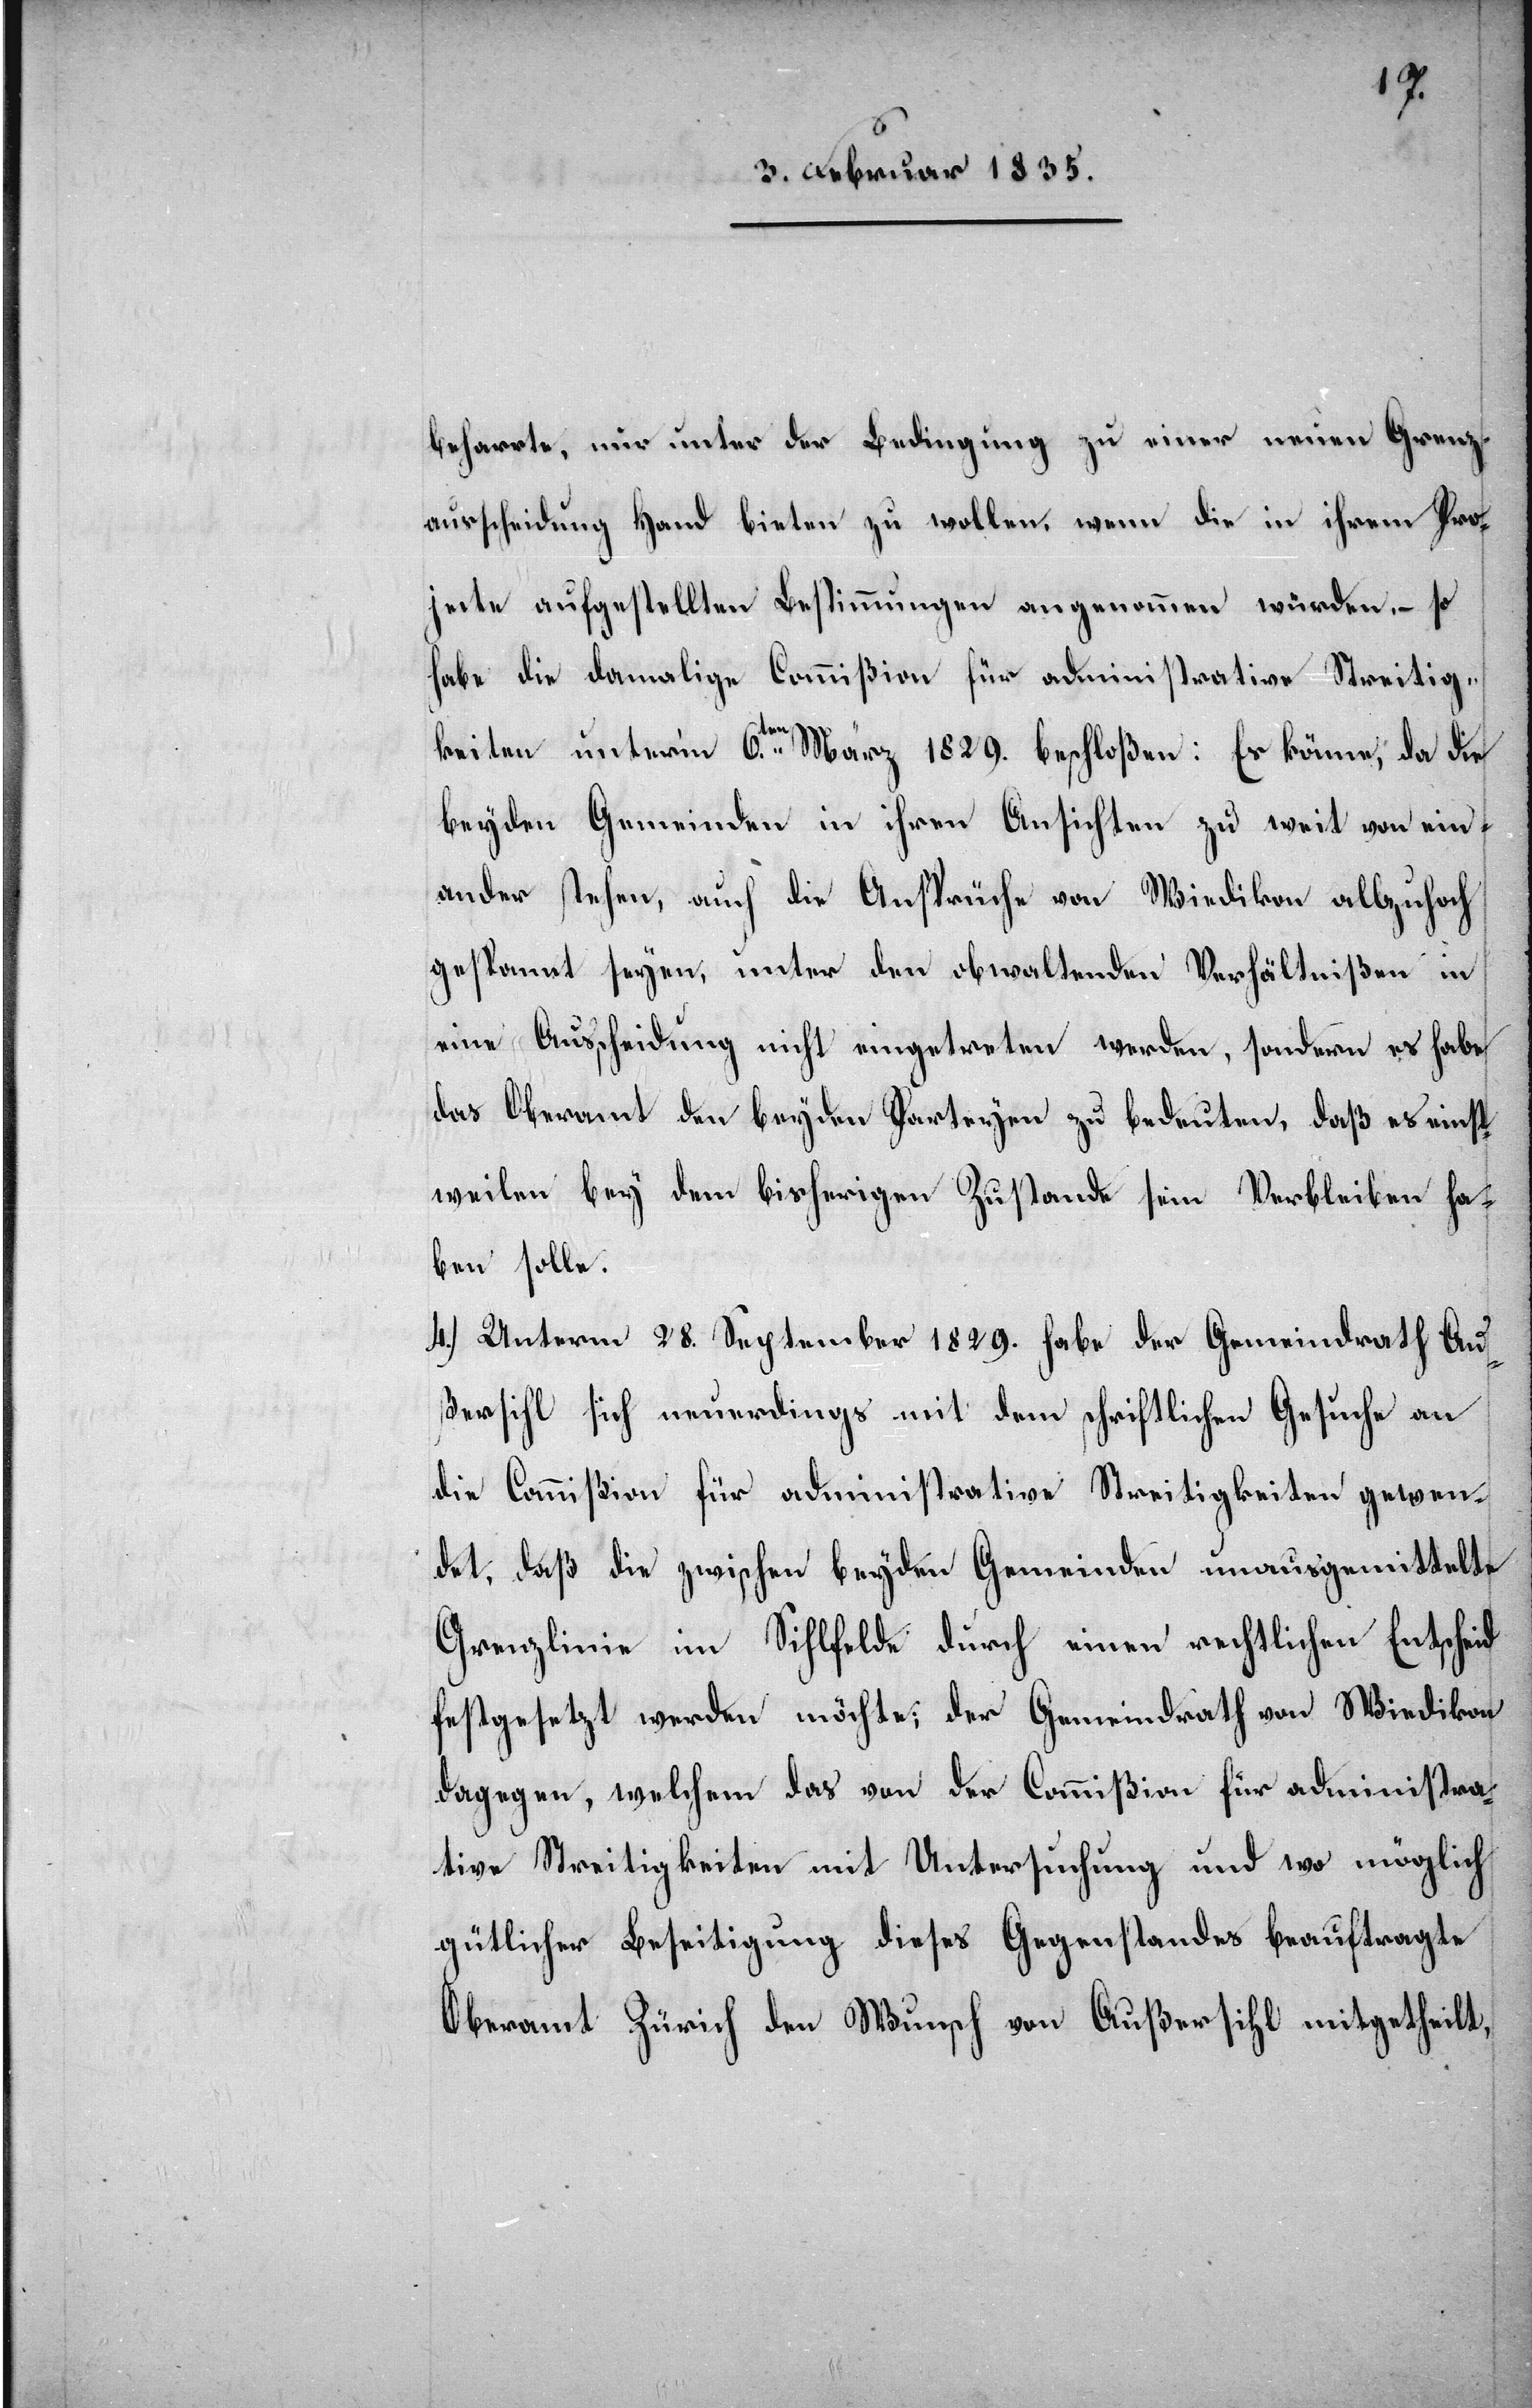
beharrte, nur unter der Bedingung zu einer neuen Grenz¬
ausscheidung Hand bieten zu wollen, wenn die in ihrem Pro¬
jecte aufgestellten Bestimmungen angenommen würden, – so
habe die damalige Commißion für administrative Streitig¬
keiten unterm 6.ten März 1829. beschloßen: Es könne, da die
beyden Gemeinden in ihren Ansichten zu weit von ein¬
ander stehen, auch die Ansprüche von Wiedikon allzuhoch
gespannt seyen, unter den obwaltenden Verhältnißen in
eine Ausscheidung nicht eingetreten werden, sondern es habe
das Oberamt den beyden Parteyen zu bedeuten, daß es einst¬
weilen bey dem bisherigen Zustand sein Verbleiben ha¬
ben solle.
4.) Unterm 28. September 1829. habe der Gemeindrath Au¬
ßersihl sich neuerdings mit dem schriftlichen Gesuche an
die Commißion für administrative Streitigkeiten gewen¬
det, daß die zwischen beyden Gemeinden unausgemittelte
Grenzlinie im Sihlfelde durch einen rechtlichen Entscheid
festgesetzt werden möchte; der Gemeindrath von Wiedikon
dagegen, welchem das von der Commißion für administra¬
tive Streitigkeiten mit Untersuchung und wo möglich
gütlicher Beseitigung dieses Gegenstandes beauftragte
Oberamt Zürich den Wunsch von Außersihl mitgetheilt,